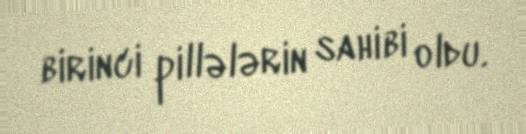
birinci pillələrin sahibi oldu.